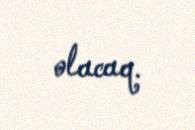
olacaq.